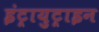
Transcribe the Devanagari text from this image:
इंट्रायुट्राइन